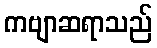
ကဗျာဆရာသည်